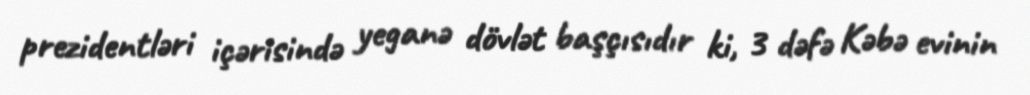
prezidentləri içərisində yeganə dövlət başçısıdır ki, 3 dəfə Kəbə evinin